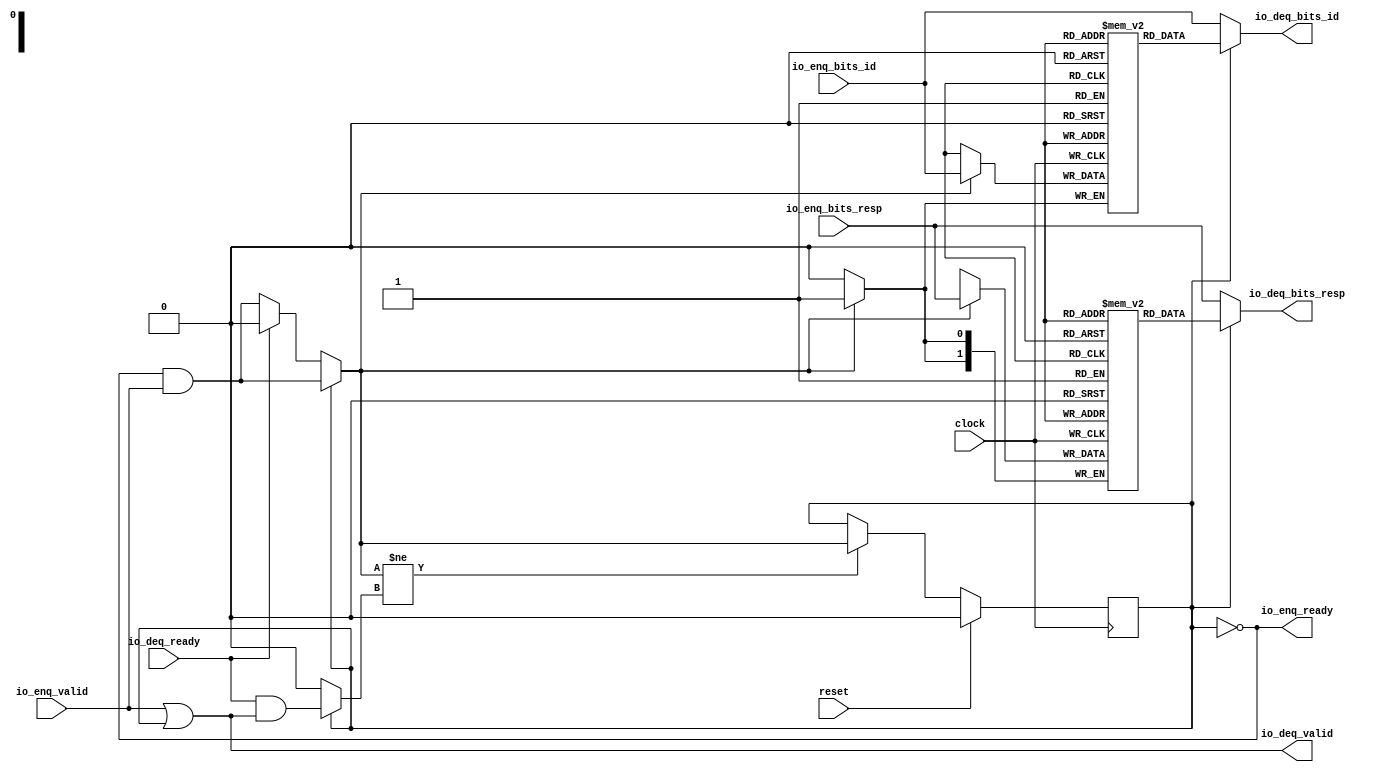
module Queue_17(
  input        clock,
  input        reset,
  output       io_enq_ready,
  input        io_enq_valid,
  input        io_enq_bits_id,
  input  [1:0] io_enq_bits_resp,
  input        io_deq_ready,
  output       io_deq_valid,
  output       io_deq_bits_id,
  output [1:0] io_deq_bits_resp
);
`ifdef RANDOMIZE_MEM_INIT
  reg [31:0] _RAND_0;
  reg [31:0] _RAND_1;
`endif // RANDOMIZE_MEM_INIT
`ifdef RANDOMIZE_REG_INIT
  reg [31:0] _RAND_2;
`endif // RANDOMIZE_REG_INIT
  reg  ram_id [0:0]; // @[Decoupled.scala 259:95]
  wire  ram_id_io_deq_bits_MPORT_en; // @[Decoupled.scala 259:95]
  wire  ram_id_io_deq_bits_MPORT_addr; // @[Decoupled.scala 259:95]
  wire  ram_id_io_deq_bits_MPORT_data; // @[Decoupled.scala 259:95]
  wire  ram_id_MPORT_data; // @[Decoupled.scala 259:95]
  wire  ram_id_MPORT_addr; // @[Decoupled.scala 259:95]
  wire  ram_id_MPORT_mask; // @[Decoupled.scala 259:95]
  wire  ram_id_MPORT_en; // @[Decoupled.scala 259:95]
  reg [1:0] ram_resp [0:0]; // @[Decoupled.scala 259:95]
  wire  ram_resp_io_deq_bits_MPORT_en; // @[Decoupled.scala 259:95]
  wire  ram_resp_io_deq_bits_MPORT_addr; // @[Decoupled.scala 259:95]
  wire [1:0] ram_resp_io_deq_bits_MPORT_data; // @[Decoupled.scala 259:95]
  wire [1:0] ram_resp_MPORT_data; // @[Decoupled.scala 259:95]
  wire  ram_resp_MPORT_addr; // @[Decoupled.scala 259:95]
  wire  ram_resp_MPORT_mask; // @[Decoupled.scala 259:95]
  wire  ram_resp_MPORT_en; // @[Decoupled.scala 259:95]
  reg  maybe_full; // @[Decoupled.scala 262:27]
  wire  empty = ~maybe_full; // @[Decoupled.scala 264:28]
  wire  _do_enq_T = io_enq_ready & io_enq_valid; // @[Decoupled.scala 50:35]
  wire  _do_deq_T = io_deq_ready & io_deq_valid; // @[Decoupled.scala 50:35]
  wire  _GEN_10 = io_deq_ready ? 1'h0 : _do_enq_T; // @[Decoupled.scala 304:{26,35}]
  wire  do_enq = empty ? _GEN_10 : _do_enq_T; // @[Decoupled.scala 301:17]
  wire  do_deq = empty ? 1'h0 : _do_deq_T; // @[Decoupled.scala 301:17 303:14]
  assign ram_id_io_deq_bits_MPORT_en = 1'h1;
  assign ram_id_io_deq_bits_MPORT_addr = 1'h0;
  assign ram_id_io_deq_bits_MPORT_data = ram_id[ram_id_io_deq_bits_MPORT_addr]; // @[Decoupled.scala 259:95]
  assign ram_id_MPORT_data = io_enq_bits_id;
  assign ram_id_MPORT_addr = 1'h0;
  assign ram_id_MPORT_mask = 1'h1;
  assign ram_id_MPORT_en = empty ? _GEN_10 : _do_enq_T;
  assign ram_resp_io_deq_bits_MPORT_en = 1'h1;
  assign ram_resp_io_deq_bits_MPORT_addr = 1'h0;
  assign ram_resp_io_deq_bits_MPORT_data = ram_resp[ram_resp_io_deq_bits_MPORT_addr]; // @[Decoupled.scala 259:95]
  assign ram_resp_MPORT_data = io_enq_bits_resp;
  assign ram_resp_MPORT_addr = 1'h0;
  assign ram_resp_MPORT_mask = 1'h1;
  assign ram_resp_MPORT_en = empty ? _GEN_10 : _do_enq_T;
  assign io_enq_ready = ~maybe_full; // @[Decoupled.scala 289:19]
  assign io_deq_valid = io_enq_valid | ~empty; // @[Decoupled.scala 288:16 300:{24,39}]
  assign io_deq_bits_id = empty ? io_enq_bits_id : ram_id_io_deq_bits_MPORT_data; // @[Decoupled.scala 296:17 301:17 302:19]
  assign io_deq_bits_resp = empty ? io_enq_bits_resp : ram_resp_io_deq_bits_MPORT_data; // @[Decoupled.scala 296:17 301:17 302:19]
  always @(posedge clock) begin
    if (ram_id_MPORT_en & ram_id_MPORT_mask) begin
      ram_id[ram_id_MPORT_addr] <= ram_id_MPORT_data; // @[Decoupled.scala 259:95]
    end
    if (ram_resp_MPORT_en & ram_resp_MPORT_mask) begin
      ram_resp[ram_resp_MPORT_addr] <= ram_resp_MPORT_data; // @[Decoupled.scala 259:95]
    end
    if (reset) begin // @[Decoupled.scala 262:27]
      maybe_full <= 1'h0; // @[Decoupled.scala 262:27]
    end else if (do_enq != do_deq) begin // @[Decoupled.scala 279:27]
      if (empty) begin // @[Decoupled.scala 301:17]
        if (io_deq_ready) begin // @[Decoupled.scala 304:26]
          maybe_full <= 1'h0; // @[Decoupled.scala 304:35]
        end else begin
          maybe_full <= _do_enq_T;
        end
      end else begin
        maybe_full <= _do_enq_T;
      end
    end
  end
// Register and memory initialization
`ifdef RANDOMIZE_GARBAGE_ASSIGN
`define RANDOMIZE
`endif
`ifdef RANDOMIZE_INVALID_ASSIGN
`define RANDOMIZE
`endif
`ifdef RANDOMIZE_REG_INIT
`define RANDOMIZE
`endif
`ifdef RANDOMIZE_MEM_INIT
`define RANDOMIZE
`endif
`ifndef RANDOM
`define RANDOM $random
`endif
`ifdef RANDOMIZE_MEM_INIT
  integer initvar;
`endif
`ifndef SYNTHESIS
`ifdef FIRRTL_BEFORE_INITIAL
`FIRRTL_BEFORE_INITIAL
`endif
initial begin
  `ifdef RANDOMIZE
    `ifdef INIT_RANDOM
      `INIT_RANDOM
    `endif
    `ifndef VERILATOR
      `ifdef RANDOMIZE_DELAY
        #`RANDOMIZE_DELAY begin end
      `else
        #0.002 begin end
      `endif
    `endif
`ifdef RANDOMIZE_MEM_INIT
  _RAND_0 = {1{`RANDOM}};
  for (initvar = 0; initvar < 1; initvar = initvar+1)
    ram_id[initvar] = _RAND_0[0:0];
  _RAND_1 = {1{`RANDOM}};
  for (initvar = 0; initvar < 1; initvar = initvar+1)
    ram_resp[initvar] = _RAND_1[1:0];
`endif // RANDOMIZE_MEM_INIT
`ifdef RANDOMIZE_REG_INIT
  _RAND_2 = {1{`RANDOM}};
  maybe_full = _RAND_2[0:0];
`endif // RANDOMIZE_REG_INIT
  `endif // RANDOMIZE
end // initial
`ifdef FIRRTL_AFTER_INITIAL
`FIRRTL_AFTER_INITIAL
`endif
`endif // SYNTHESIS
endmodule